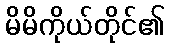
မိမိကိုယ်တိုင်၏